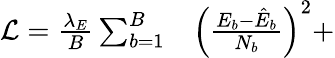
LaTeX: \begin{array}{rl}{\mathcal{L}=\frac{\lambda_{E}}{B}\sum_{b=1}^{B}}&{{}\left(\frac{E_{b}-\hat{E}_{b}}{N_{b}}\right)^{2}+}\end{array}